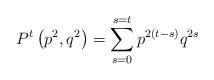
LaTeX: \begin{align*}P^t \left( p^2,q^2 \right)= \sum\limits_{s=0}^{s=t} p^{2 \left(t-s\right)} q^{2s}\end{align*}